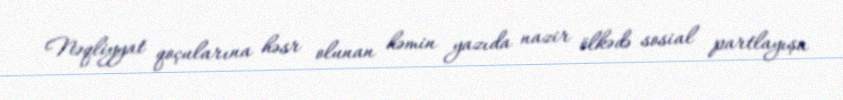
Nəqliyyat qoçularına həsr olunan həmin yazıda nazir ölkədə sosial partlayışa